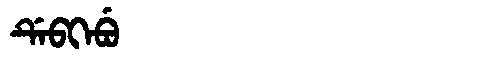
Manchu: ᡩᡝᠪᡴᡝᠪᡠ
Romanization: DEBKEBU